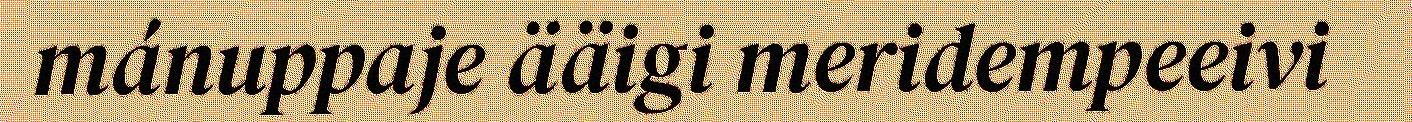
mánuppaje ääigi meridempeeivi